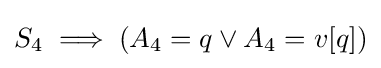
S_{4}\implies (A_{4}=q\lor A_{4}=v[q])